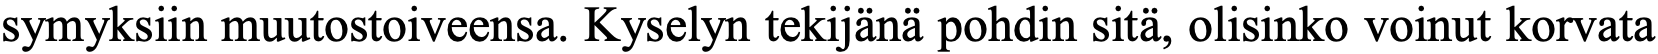
symyksiin muutostoiveensa. Kyselyn tekijänä pohdin sitä, olisinko voinut korvata